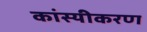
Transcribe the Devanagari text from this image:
कांस्यीकरण